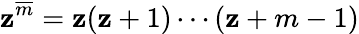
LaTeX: \mathbf{z}^{\overline{{{m}}}}=\mathbf{z}(\mathbf{z}+1)\cdots(\mathbf{z}+m-1)